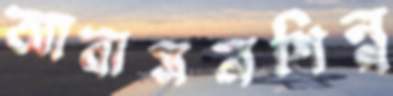
আবাসনশিল্প